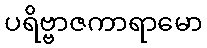
ပရိဗ္ဗာဇကာရာမော